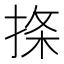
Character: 𪮅